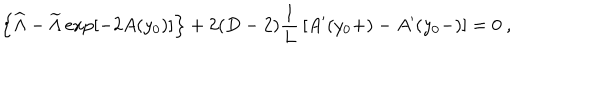
\left\{ { \widehat \Lambda } - { \widetilde \Lambda } \exp \left[ - 2 A ( y _ { 0 } ) \right] \right\} + 2 ( D - 2 ) { \frac { 1 } { L } } \left[ A ^ { \prime } ( y _ { 0 } + ) - A ^ { \prime } ( y _ { 0 } - ) \right] = 0 ~ ,